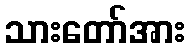
သားတော်အား